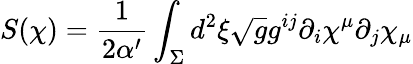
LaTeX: S(\chi)=\frac{1}{2\alpha^{\prime}}\int_{\Sigma}d^{2}\xi\sqrt{g}g^{ij}\partial_{i}\chi^{\mu}\partial_{j}\chi_{\mu}